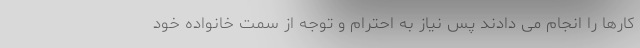
کارها را انجام می دادند پس نیاز به احترام و توجه از سمت خانواده خود